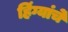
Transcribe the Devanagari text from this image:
हिंग्यांचे